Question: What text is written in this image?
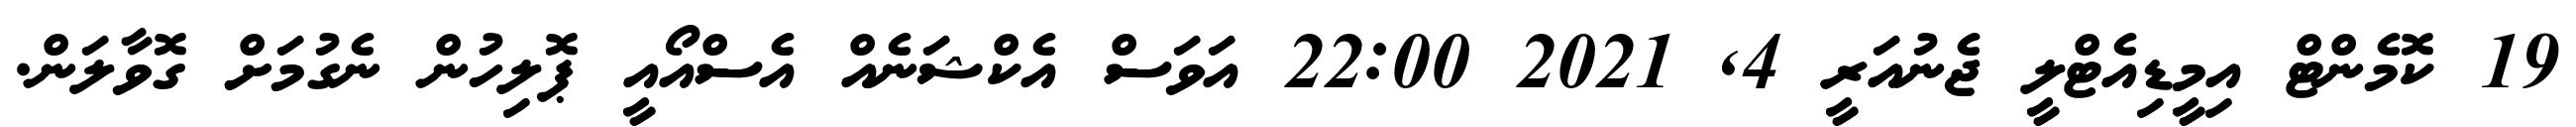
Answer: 19 ކޮމެންޓް އިމީޑިއެޓްލީ ޖެނުއަރީ 4, 2021 22:00 އަވަސް އެކްޝަނެއް އެސްއޯއީ ޕޮލިހުން ނެގުމަށް ގޮވާލަން.